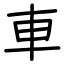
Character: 車